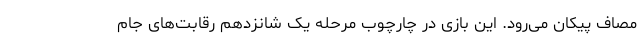
مصاف پیکان می‌رود. این بازی در چارچوب مرحله یک شانزدهم رقابت‌های جام